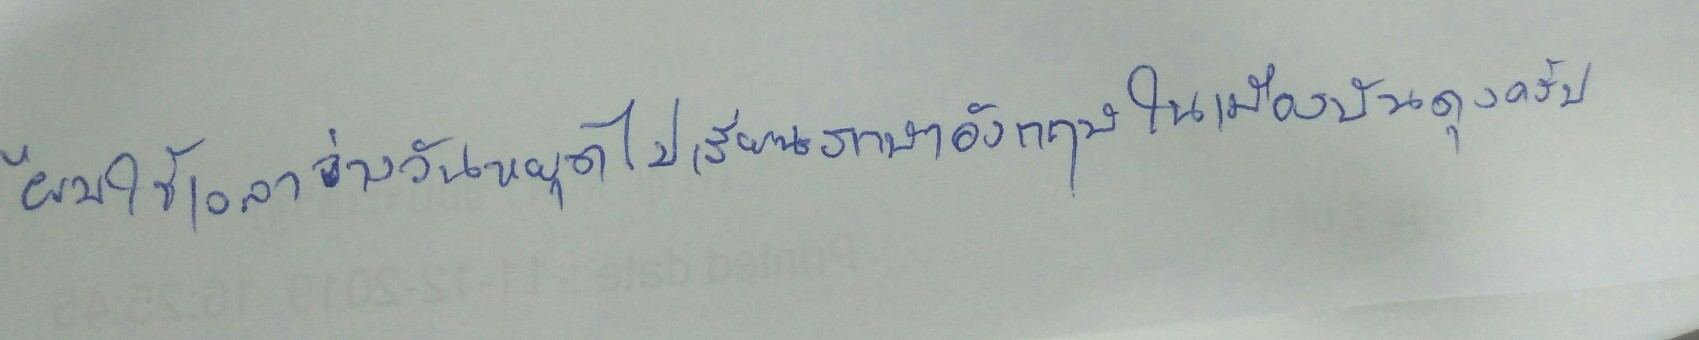
"ผมใช้เวลาว่างวันหยุดไปเรียนภาษาอังกฤษในเมืองบันดุงครับ"